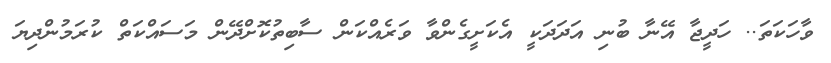
ވާހަކަތަ.. ހަދީޖާ އޭނާ ބުނި އަދަދަކީ އެކަށީގެންވާ ވަރެއްކަން ސާބިތުކޮށްދޭން މަސައްކަތް ކުރަމުންދިޔަ